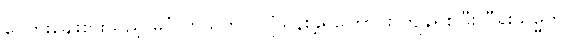
ငွေတိုးချေးစားသည့် မင်္ဂလာသဘင် ပျံသန်းခဲ့ရကြောင်း ကျန်ရစ်ပြီး ပီရူးသမ္မတ